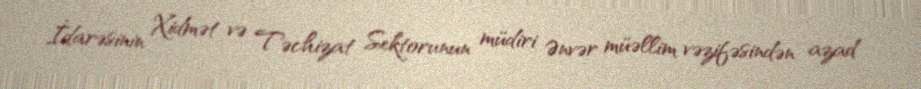
İdarəsinin Xidmət və Təchizat Sektorunun müdiri Ənvər müəllim vəzifəsindən azad